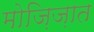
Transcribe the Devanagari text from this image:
मोज़िज़ात